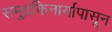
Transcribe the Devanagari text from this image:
समुद्रकिनार्यापासून